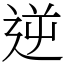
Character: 逆